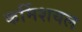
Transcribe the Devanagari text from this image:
कर्मिशयल